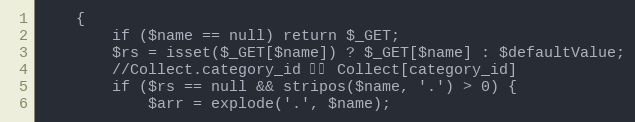
Language: PHP
    {
        if ($name == null) return $_GET;
        $rs = isset($_GET[$name]) ? $_GET[$name] : $defaultValue;
        //Collect.category_id 获取 Collect[category_id]
        if ($rs == null && stripos($name, '.') > 0) {
            $arr = explode('.', $name);